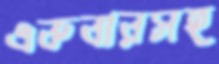
একবারসহ